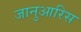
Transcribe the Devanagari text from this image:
जानुआरिस